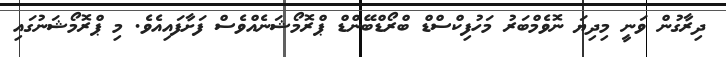
ދިރާގުން ވަނީ މިދިޔަ ނޮވެމްބަރު މަހުފިކްސްޑް ބްރޯޑްބޭންޑް ޕްރޮމޯޝަނެއްވެސް ފަށާފައިއެވެ. މި ޕްރޮމޯޝަނުގައި